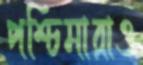
পশ্চিমারাও